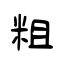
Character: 粗